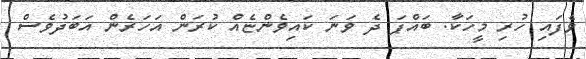
ވެފައި ހުރި މީހަކާ. ބައްޕަ ދެ ވަނަ ކައިވެންޏެއް ކުރަން އަހަރެން އަބަދުވެސް